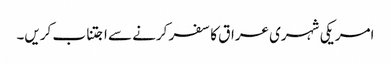
امریکی شہری عراق کا سفر کرنے سے اجتناب کریں۔